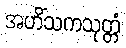
အဟိံသကသုတ္တံ